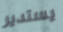
يستدير